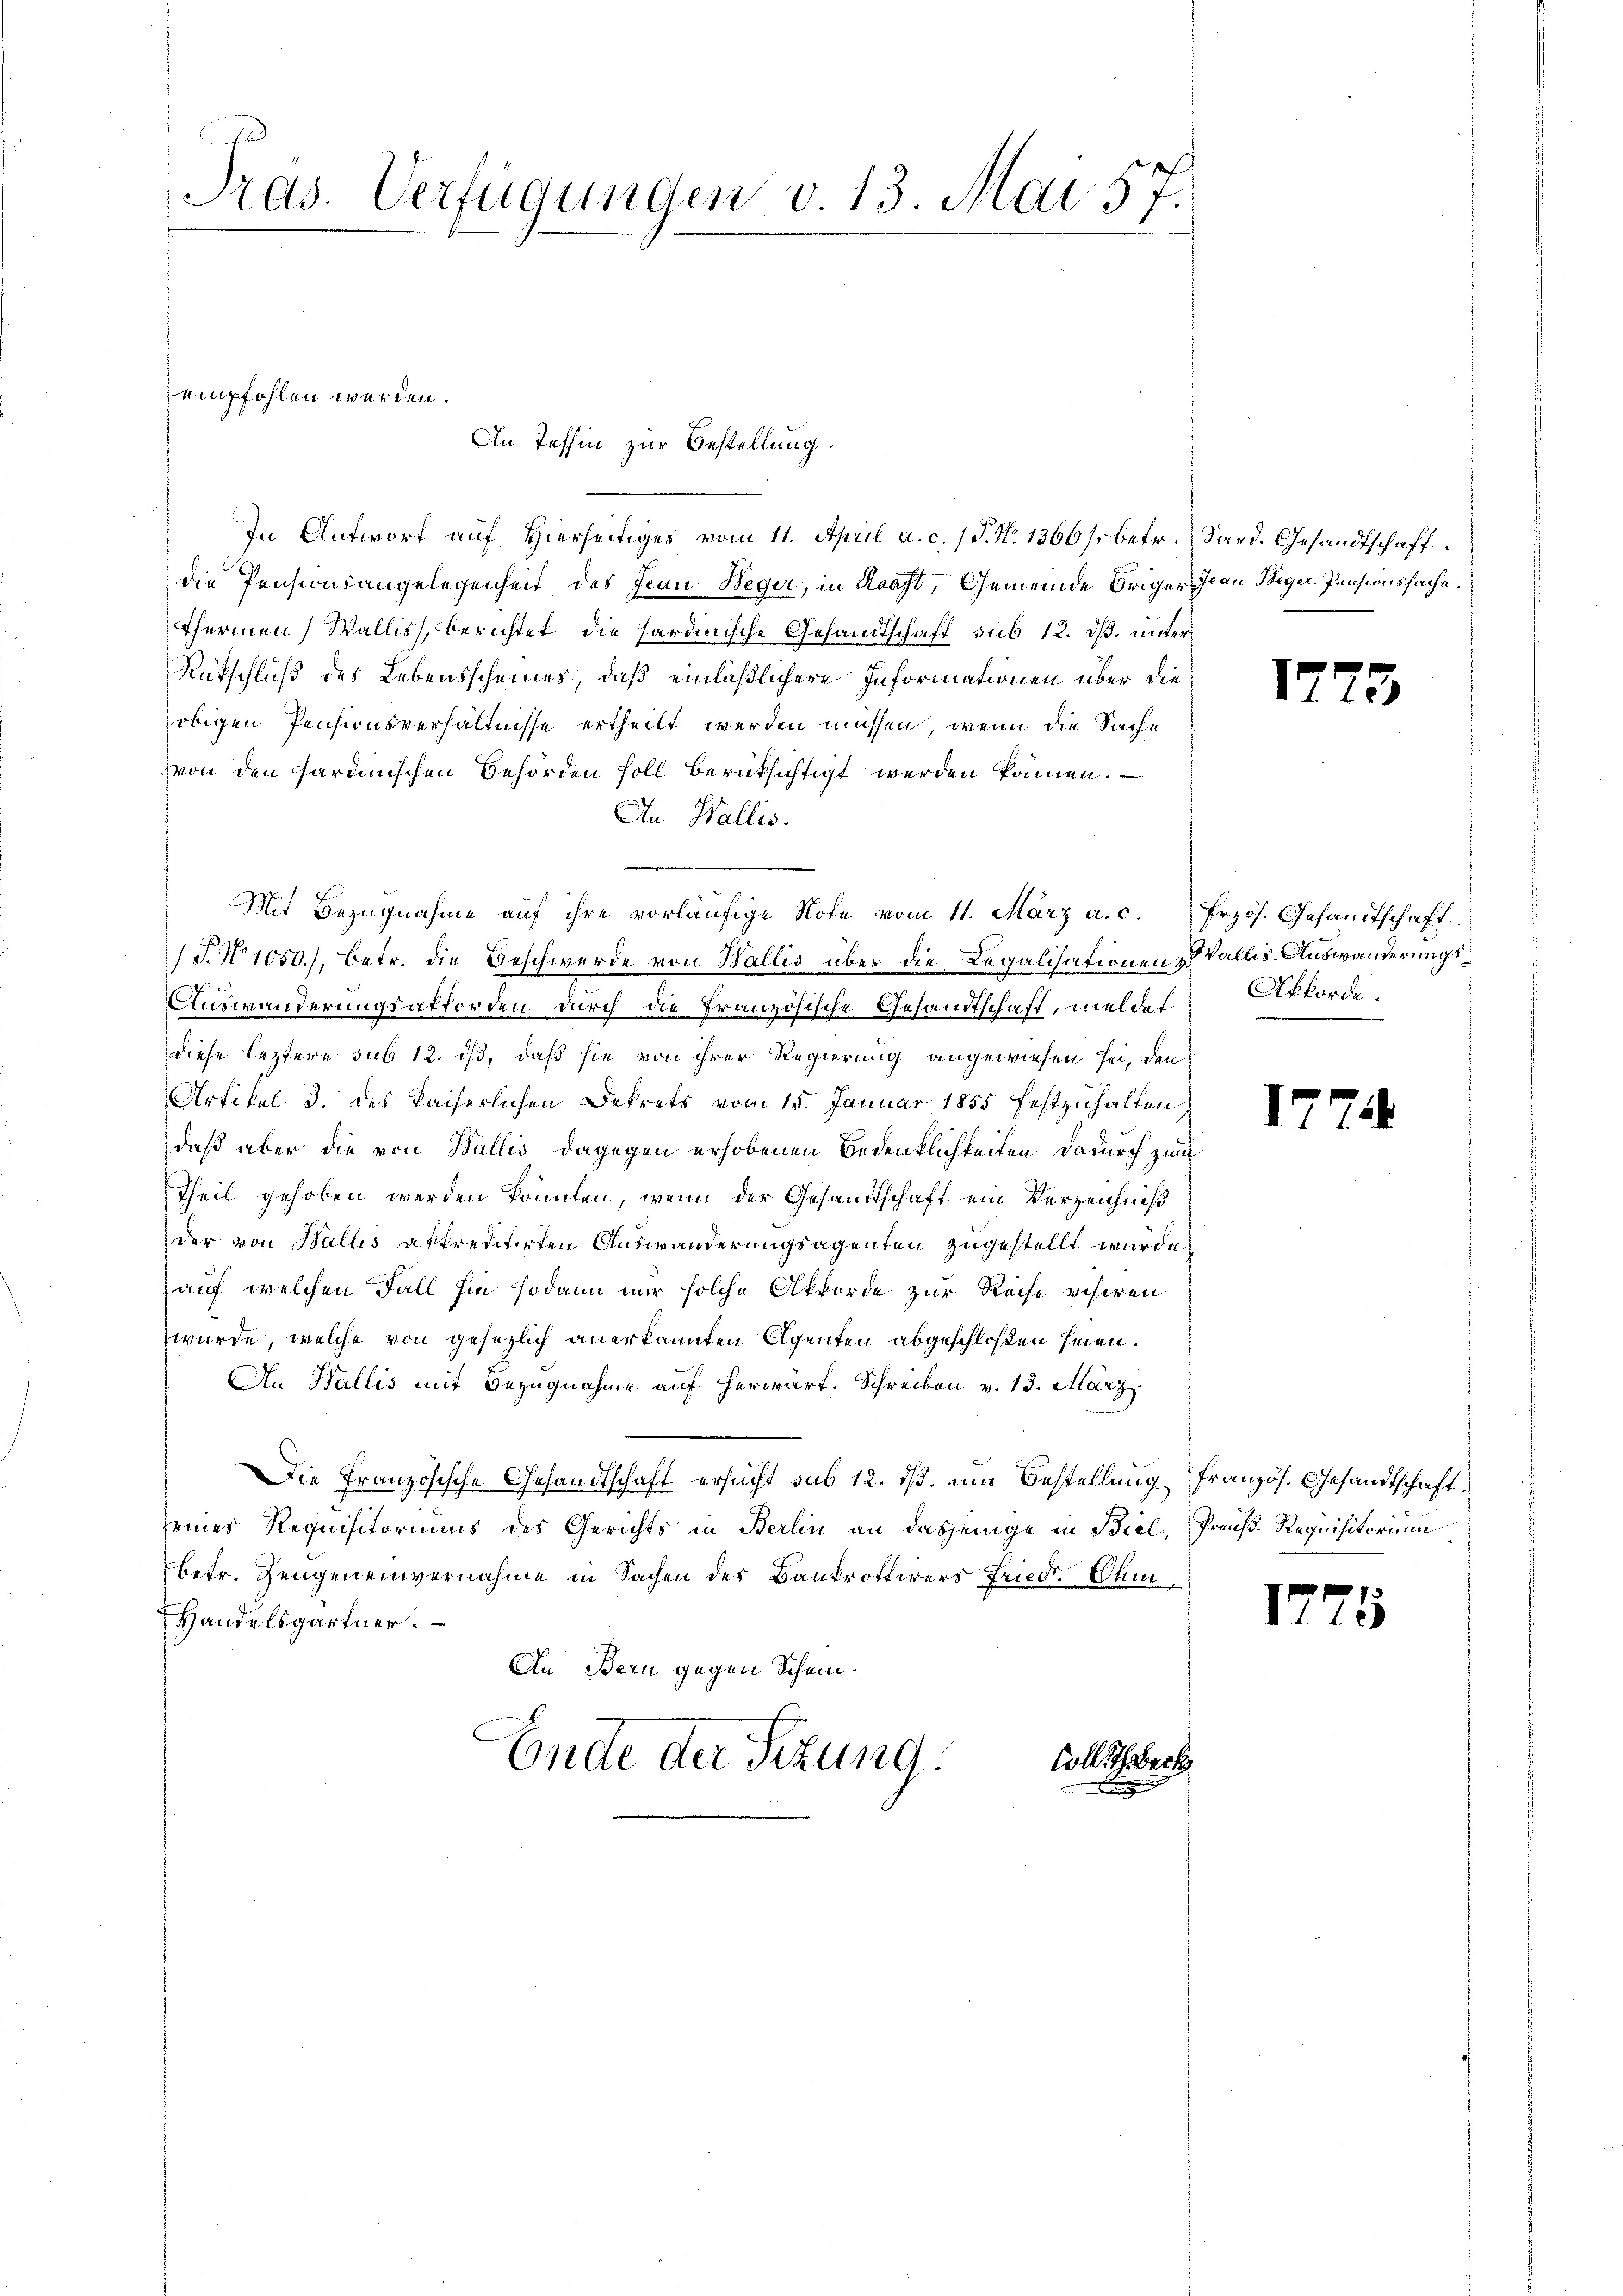
Tras. Verfügungen v. 13. Mai 57.

empfohlen werden.
An Tessin zur Bestellung.

In Antwort auf hierseitiges vom 11. April a. c. (T. N. 1366 s. betr. Sard. Gesandtschaft.
die Pensionsangelegenheit des Frau Beger, in Kracht, Gemeinde Obriger Jean Beger. Pensionssache.
Thermen Wallis, berichtet die hardinische Gesandtschaft sub 12. dß. unter¬
Rutschluß des Lebensscheines, daß einläßlichere Informationen über die
obigen Pensionsverhältnisse ertheilt werden müssen, wenn die Sache
von den sardinischen Behörden soll berücksichtigt werden können.
An Wallis.
/T. No 1050.), betr. die Beschwerde von Wallis über die Legalisationen Valles. Auswanderungs¬
Auswanderungsakforden durch die Französische Gesandtschaft, meldes Afforde
diese leztere sub 12. ist, daß sie von ihrer Regierung angewiesen sei, den
Artikel 3. des kaiserlichen Dekrets vom 15. Januar 1855 festzuhalten,
daß aber die von Wallis dagegen erhobenen Bedenklichkeiten dadurch zum
Theil gehoben werden könnten, wenn der Gesandtschaft ein Verzeichniß
der von Wallis atkreditirten Auswanderungsagenten zugestellt wurde,
auf welchen Fall sie sodann nur solche Akkorde zur Reise visiren
wurde, welche von gesezlich anerkannten Agenten abgeschloßen seien.
An Wallis mit Bezugnahme auf herwarf. Schreiben v. 13. März
Die Französische Gesandtschaft ersucht sub 12. ds. um Bestellung französ. Gesandtschaft
seines Requisitoriums des Gerichts in Berlin an dasjenige in Biel, Preuß. Requisitorium
betr. Zeugeneinvernahme in Sachen des Bankrottirers Friedr. Ohm
Handelsgartner.
An Bern gegen Schein.
Ende der Sitzung.
Soll ich erk
sch
n

Mit Bezŭgnahme aŭf ihre vorläŭfige Note vom 11. März a. c. frzös. Gesamtschaft.

17

17.

17

5

3